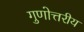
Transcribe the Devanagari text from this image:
गुणोत्तरीय